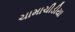
ચામાચીડીયા